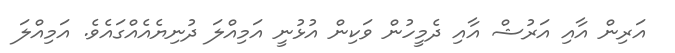
އަރިން އާއި އަރުޝް އާއި ދެމީހުން ވަކިން އުޅުނީ އަމިއްލަ ދުނިޔެއެއްގައެވެ. އަމިއްލަ